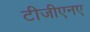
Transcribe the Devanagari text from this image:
टीजीएनए